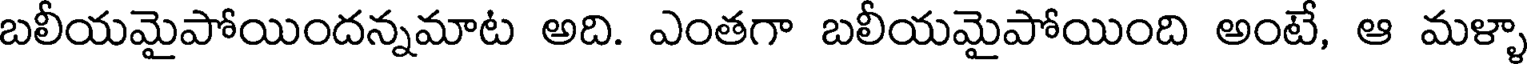
బలీయమైపోయిందన్నమాట అది. ఎంతగా బలీయమైపోయింది అంటే, ఆ మళ్ళా